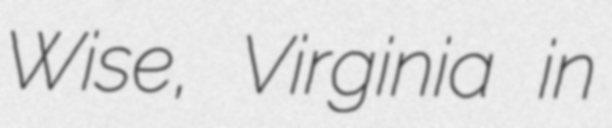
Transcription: Wise, Virginia in